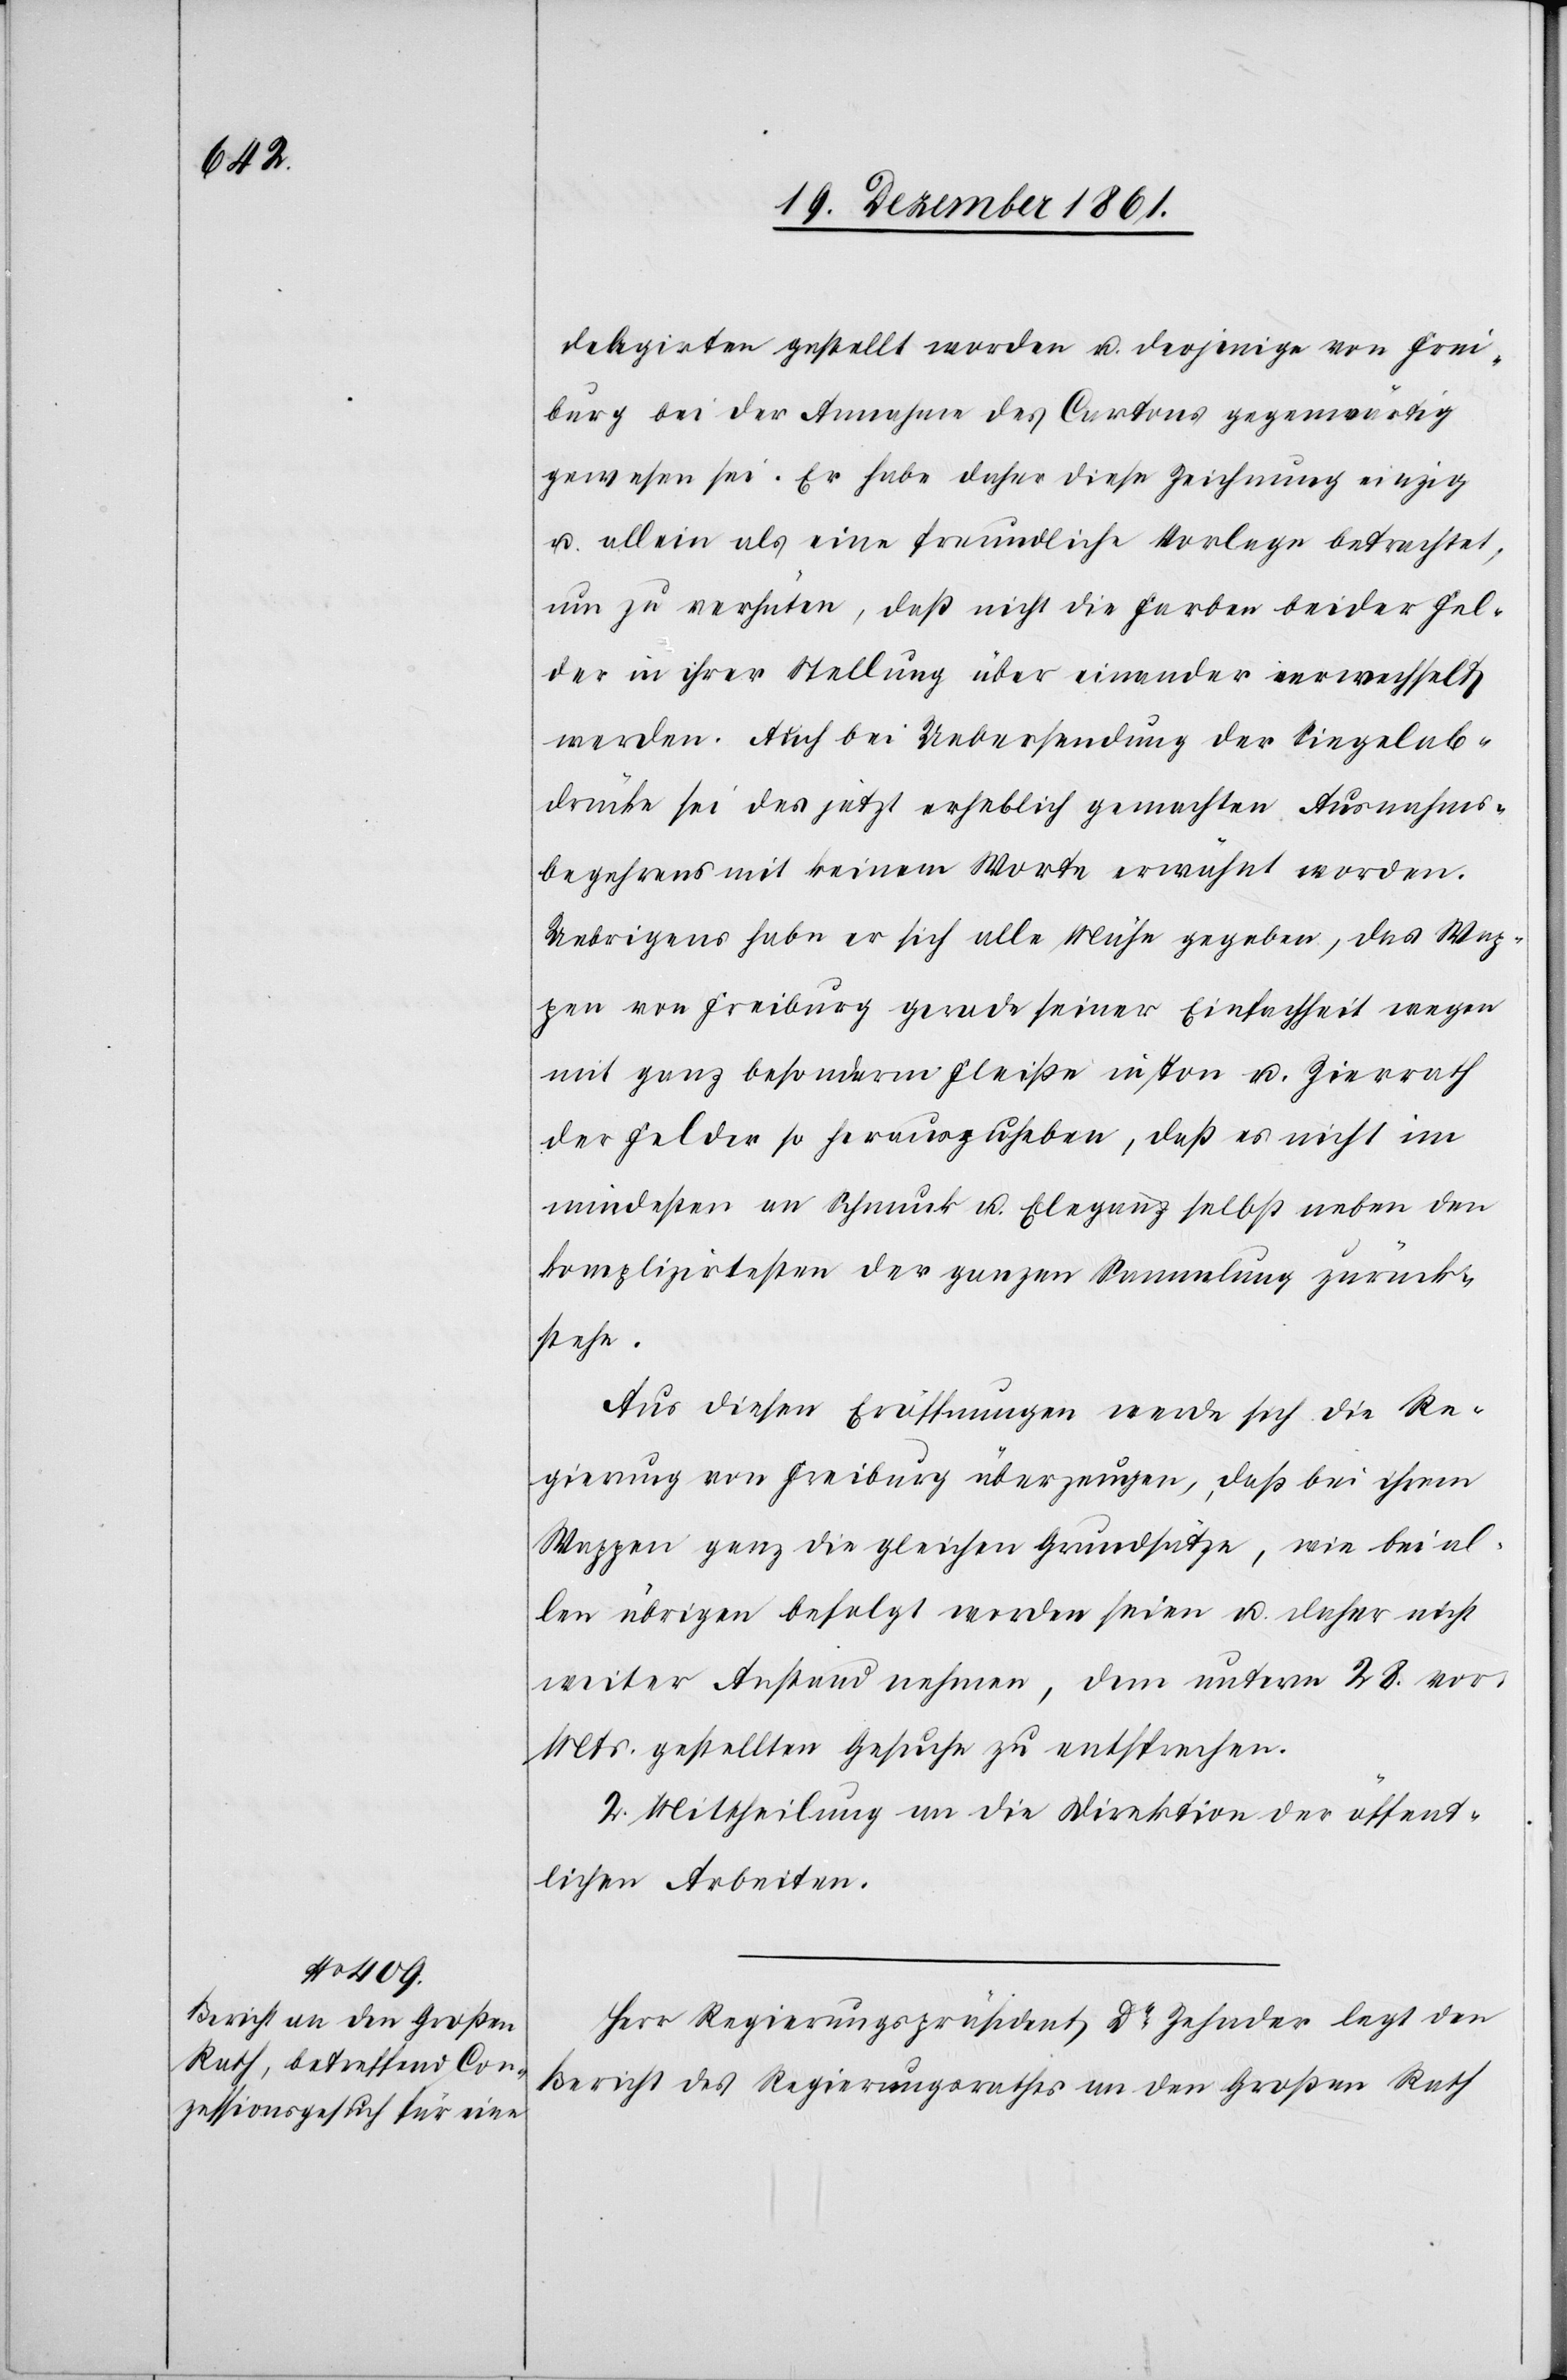
delegirten gestellt worden u. derjenige von Frei¬
burg bei der Annahme des Cartons gegenwärtig
gewesen sei. Er habe daher diese Zeichnung einzig
u. allein als eine freundliche Vorlage betrachtet,
um zu verhüten, daß nicht die Farben beider Fel¬
der in ihrer Stellung über einander verwechselt
werden. Auch bei Uebersendung der Siegelab¬
drücke sei des jetzt erheblich gemachten Ausnahms¬
begehrens mit keinem Worte erwähnt worden.
Uebrigens habe er sich alle Mühe gegeben, das Wap¬
pen von Freiburg gerade seiner Einfachheit wegen
mit ganz besonderm Fleiße in Ton u. Zierrath
der Felder so herauszugeben, daß es nicht im
mindesten an Schmuck u. Eleganz selbst neben den
komplizirtesten der ganzen Sammlung zurück¬
stehe.
Aus diesen Eröffnungen werde sich die Re¬
gierung von Freiburg überzeugen, daß bei ihren
Wappen ganz die gleichen Grundsätze, wie bei al¬
len übrigen befolgt worden seien u. daher nicht
weiter Anstand nehmen, dem unterm 28 vor.
Mts. gestellten Gesuch zu entsprechen.
2. Mittheilung an die Direktion der öffent¬
lichen Arbeiten.
Herr Regierungspräsident Dr Zehnder legt den
Bericht des Regierungsrathes an den Großen Rath